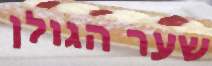
שער הגולן